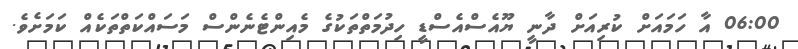
06:00 އާ ހަމައަށް ކުރިއަށް ދާނީ ޔޫއެސްއެސްޑީ ހިދުމަތްތަކުގެ މެއިންޓެނެންސް މަސައްކަތްތަކެއް ކަމަށެވެ.